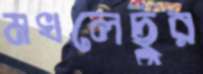
মখলেছুর